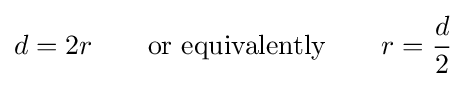
d=2r\qquad {\text{or equivalently}}\qquad r={\frac {d}{2}}